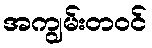
အကျွမ်းတဝင်